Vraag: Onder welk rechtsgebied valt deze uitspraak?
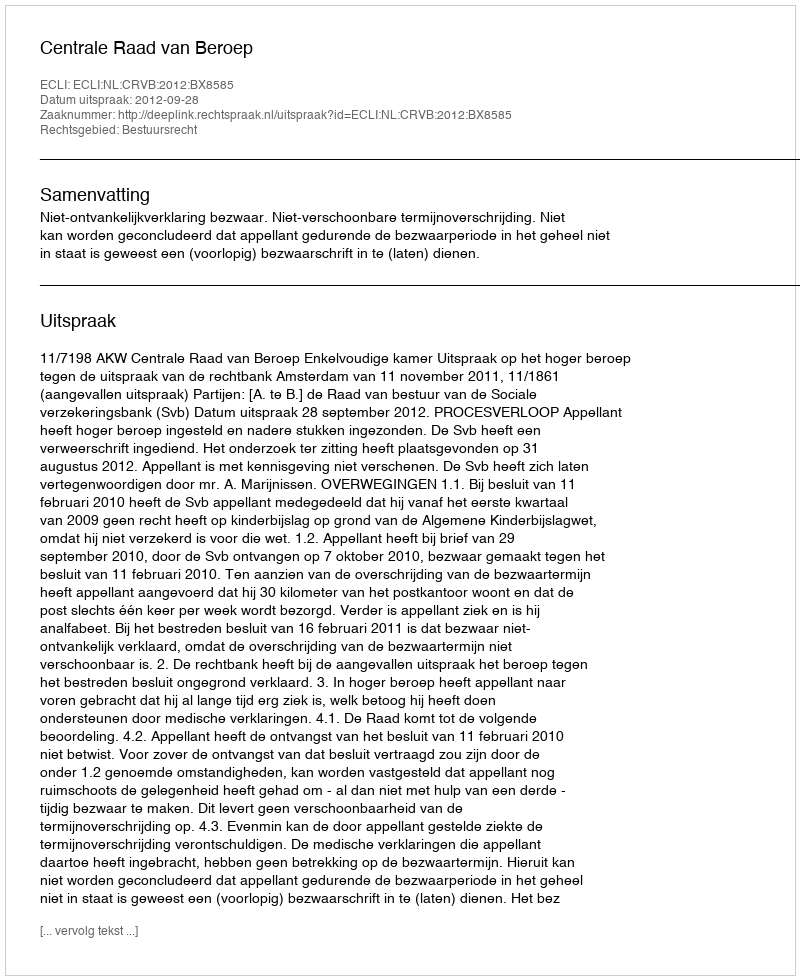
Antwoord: Bestuursrecht